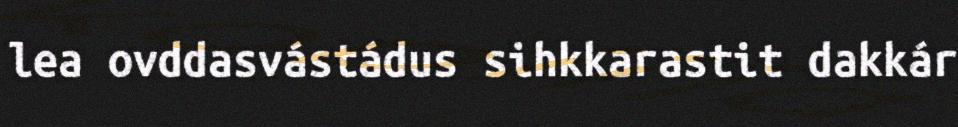
lea ovddasvástádus sihkkarastit dakkár